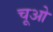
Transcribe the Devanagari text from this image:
चूओ